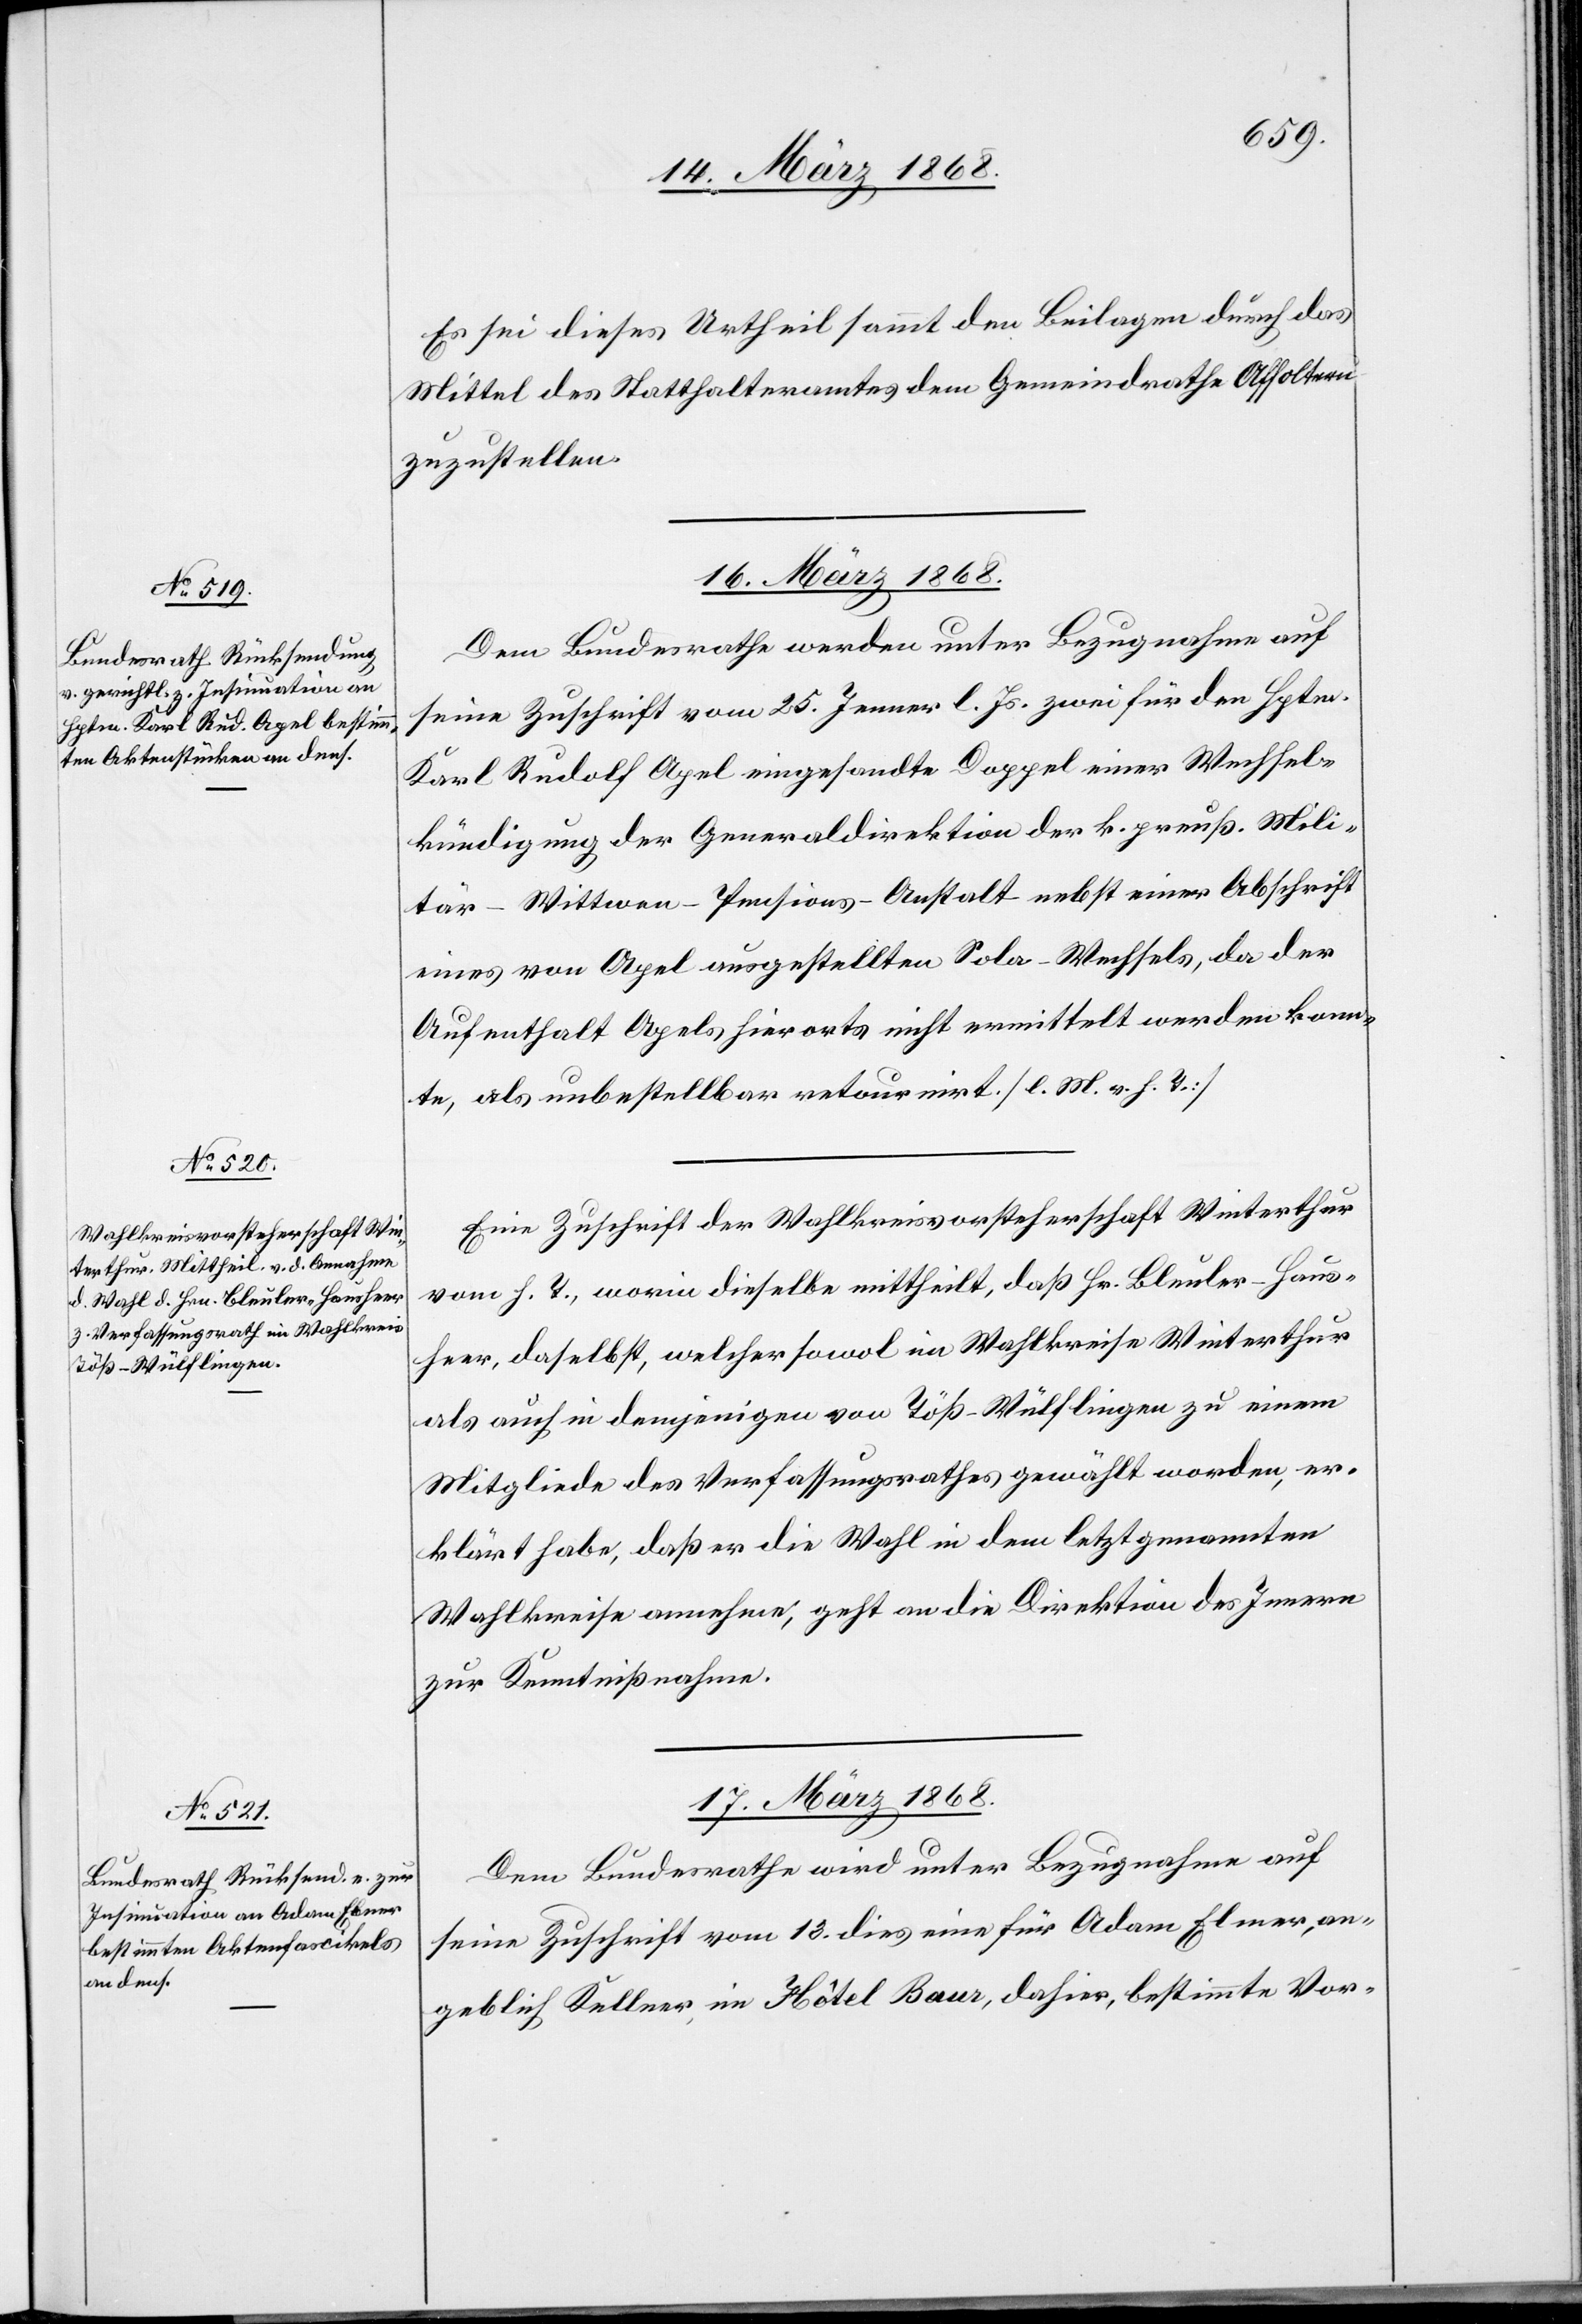
16. März 1868.]
Es sei dieses Urtheil sammt den Beilagen durch das
Mittel des Statthalteramtes dem Gemeindrathe Affoltern
zuzustellen.
16. März 1868.
Dem Bundesrathe werden unter Bezugnahme auf
seine Zuschrift vom 25. Jenner l. Js. zwei für den Hptm.
Karl Rudolf Apel eingesandte Doppel einer Wechsel¬
kündigung der Generaldirektion der k. preuß. Mili¬
tär-Wittwen-Pensions-Anstalt nebst einer Abschrift
eines von Apel ausgestellten Sola-Wechsels, da der
Aufenthalt Apels hierorts nicht ermittelt werden konn¬
te, als unbestellbar retournirt. [l. M. v. h. T.]
Eine Zuschrift der Wahlkreisvorsteherschaft Winterthur
vom h. T., worin dieselbe mittheilt, daß Hr. Bleuler-Haus¬
heer, daselbst, welcher sowol im Wahlkreise Winterthur
als auch in demjenigen von Töß-Wülflingen zu einem
Mitgliede des Verfassungsrathes gewählt worden, er¬
klärt habe, daß er die Wahl in dem letztgenannten
Wahlkreise annehme, geht an die Direktion des Innern
zur Kenntnißnahme.
17. März 1868.
Dem Bundesrathe wird unter Bezugnahme auf
seine Zuschrift vom 13. dies eine für Adam Elmer
angeblich Kellner, im Hôtel Baur, dahier, bestimmte Vor-